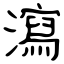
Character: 瀉